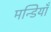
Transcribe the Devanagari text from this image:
मन्डियाँ